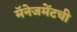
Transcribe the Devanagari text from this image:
मॅनेजमेंटची